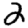
Digit: 2